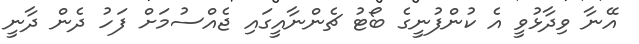
އޭނާ ވިދާޅުވީ އެ ކުންފުނީގެ ބޯޓު ޗެންނާއީގައި ޖެއްސުމަށް ފަހު ދެން ދާނީ